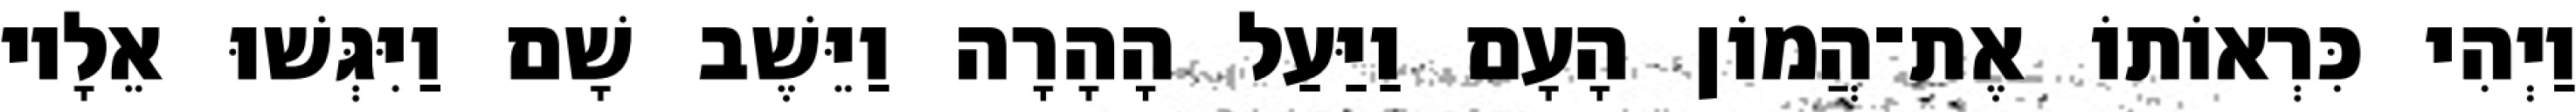
וַיְהִי כִּרְאוֹתוֹ אֶת־הֲמוֹן הָעָם וַיַּעַל הָהָרָה וַיֵּשֶׁב שָׁם וַיִּגְּשׁוּ אֵלָיו